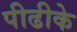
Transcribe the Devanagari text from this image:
पीढीके